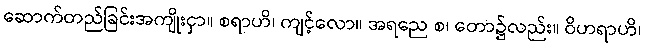
ဆောက်တည်ခြင်းအကျိုးငှာ။ စရာဟိ၊ ကျင့်လော။ အရညေ စ၊ တော၌လည်း။ ဝိဟရာဟိ၊